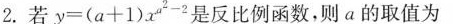
2.若$$y = ( a + 1 ) x ^ { a ^ { 2 } - 2 }$$是反比例函数，则α的取值为